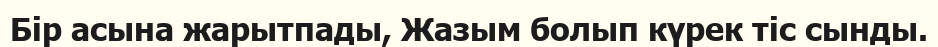
Бір асына жарытпады, Жазым болып күрек тіс сынды.